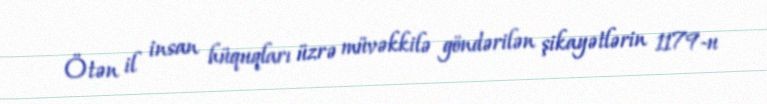
Ötən il insan hüquqları üzrə müvəkkilə göndərilən şikayətlərin 1179-u